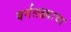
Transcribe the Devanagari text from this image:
वर्गलढ्याचा